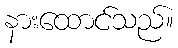
နားထောင်သည်။